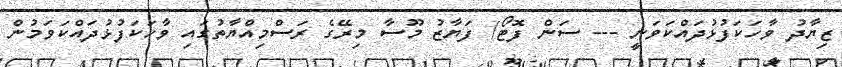
ޒިޔާދު ވާހަކަފުޅުދައްކަވަނީ --- ސަން ފޮޓޯ/ ފަޔާޒު މޫސާ މިރޭގެ ރަސްމިއްޔާތުގައި ވާހަކަފުޅުދައްކަވަމުން